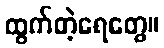
ထွက်တဲ့ရေတွေ။